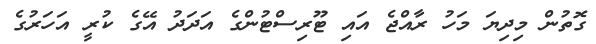
ގޮތުން މިދިޔަ މަހު ރާއްޖެ އައި ޓޫރިސްޓުންގެ އަދަދު އޭގެ ކުރީ އަހަރުގެ